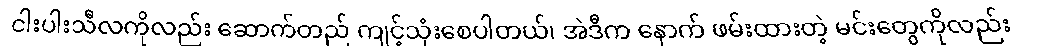
ငါးပါးသီလကိုလည်း ဆောက်တည် ကျင့်သုံးစေပါတယ်၊ အဲဒီက နောက် ဖမ်းထားတဲ့ မင်းတွေကိုလည်း